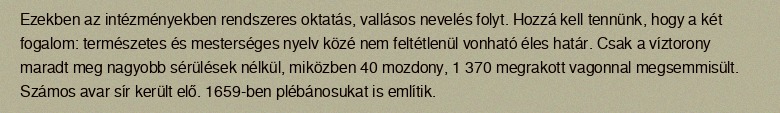
Ezekben az intézményekben rendszeres oktatás, vallásos nevelés folyt. Hozzá kell tennünk, hogy a két fogalom: természetes és mesterséges nyelv közé nem feltétlenül vonható éles határ. Csak a víztorony maradt meg nagyobb sérülések nélkül, miközben 40 mozdony, 1 370 megrakott vagonnal megsemmisült. Számos avar sír került elő. 1659-ben plébánosukat is említik.